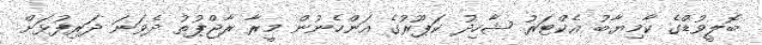
ބޮލީވުޑްގެ ކާމިޔާބު އެކްޓަރު ޝާހިދު ކަޕޫރުގެ އަންހެނުން މީރާ ރާޖްޕުތު ދެވަނަ ދަރިފުޅަށް